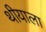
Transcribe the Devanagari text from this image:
थीयाला